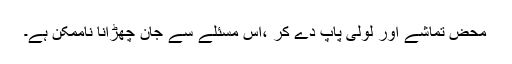
محض تماشے اور لولی پاپ دے کر ،اس مسئلے سے جان چھڑانا ناممکن ہے۔